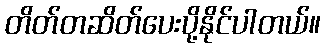
တိတ်တဆိတ်ပေးပို့နိုင်ပါတယ်။